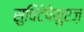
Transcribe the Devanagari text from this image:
सुचिटेपेकुएज़